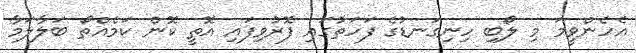
އެހެންވީމަ މި ލޯބި ހިނިގަނޑުގެ ފަހަތުގައި ފޮރުވިފައި އޮތީ ކޮން ކަމެއްތޯ ބަލާލަމާ